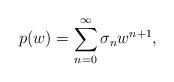
LaTeX: \begin{align*}p(w) = \sum_{n=0}^{\infty} \sigma_n w^{n+1} ,\end{align*}